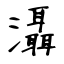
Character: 灄